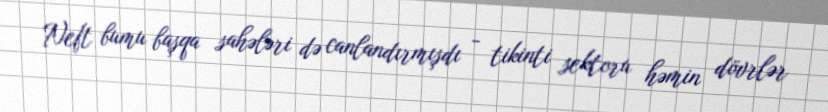
Neft bumu başqa sahələri də canlandırmışdı - tikinti sektoru həmin dövrlər